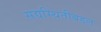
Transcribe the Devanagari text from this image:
सद्यस्थितीबद्दल